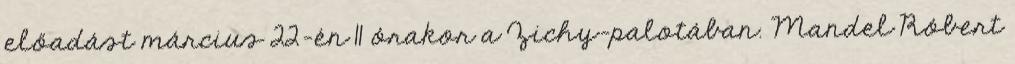
előadást március 22-én 11 órakor a Zichy-palotában. Mandel Róbert